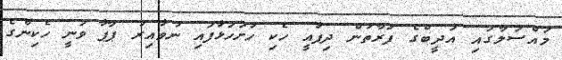
މައްސަލާގައި އަދީބްގެ ފަރާތުން ދިފާއީ ހެކި ހުށަހަޅާފައި ނުވާއިރު ޕާޕާ ވަނީ ހެކިންގެ